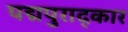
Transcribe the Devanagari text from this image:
पद्मपुराद्कार